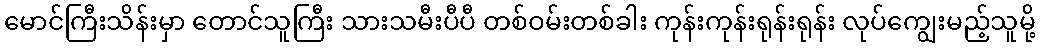
မောင်ကြီးသိန်းမှာ တောင်သူကြီး သားသမီးပီပီ တစ်ဝမ်းတစ်ခါး ကုန်းကုန်းရုန်းရုန်း လုပ်ကျွေးမည့်သူမို့